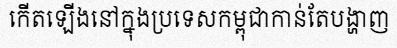
កើតឡើងនៅក្នុងប្រទេសកម្ពុជាកាន់តែបង្ហាញ